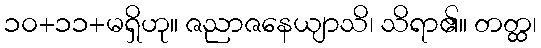
၁၀+၁၁+မရှိဟု။ ဇညာဇနေယျာသိ၊ သိရာ၏။ တတ္ထ၊